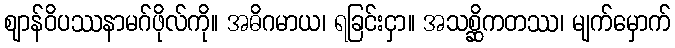
ဈာန်ဝိပဿနာမဂ်ဖိုလ်ကို။ အဓိဂမာယ၊ ရခြင်းငှာ။ အသစ္ဆိကတဿ၊ မျက်မှောက်